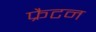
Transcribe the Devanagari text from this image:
फ्रैटन